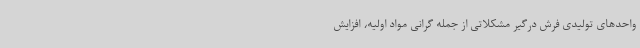
واحدهای تولیدی فرش درگیر مشکلاتی از جمله گرانی مواد اولیه، افزایش